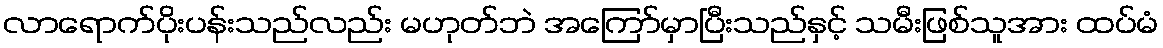
လာရောက်ပိုးပန်းသည်လည်း မဟုတ်ဘဲ အကြော်မှာပြီးသည်နှင့် သမီးဖြစ်သူအား ထပ်မံ